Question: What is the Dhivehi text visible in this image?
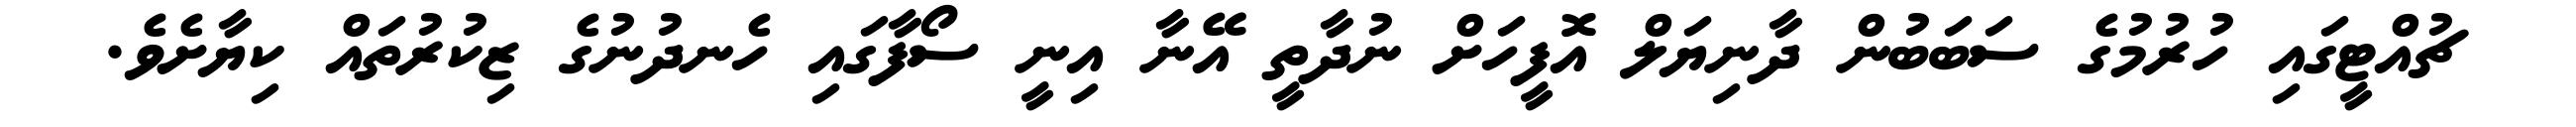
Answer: ޗުއްޓީގައި ހުރުމުގެ ސަބަބުން ދާނިޔަލް އޮފީހަށް ނުދާތީ އޭނާ އިނީ ސޯފާގައި ހެނދުނުގެ ޒިކުރުތައް ކިޔާށެވެ.